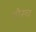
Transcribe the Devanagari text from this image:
बौस्च